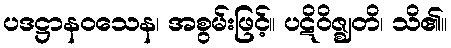
ပဒဋ္ဌာနဝသေန၊ အစွမ်းဖြင့်။ ပဋိဝိဇ္ဈတိ၊ သိ၏။